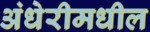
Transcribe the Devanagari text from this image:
अंधेरीमधील